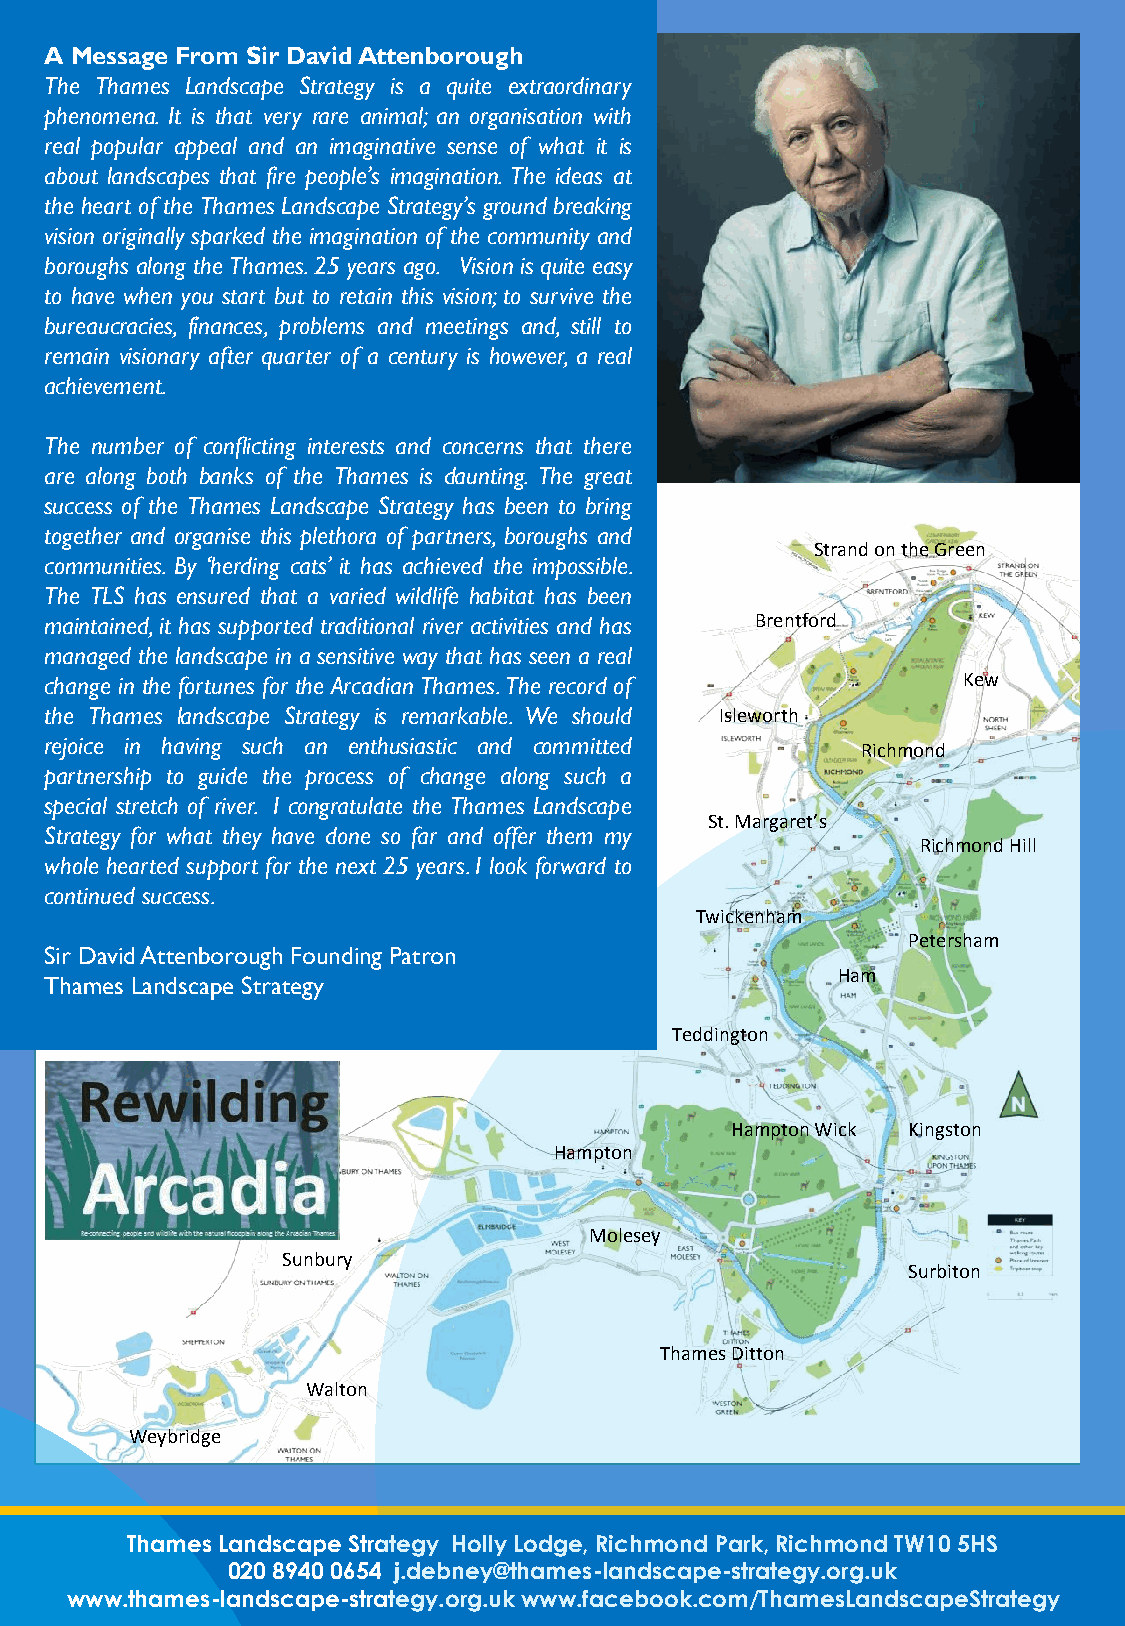
A Message From Sir DavidAttenborough
 The Thames Landscape Strategy is a quite extraordinary
 phenomena. It is that very rare animal; an organisation with
 real popular appeal and an imaginative sense of what it is
 about landscapes that fire people’s imagination. The ideas at
 the heart of the Thames Landscape Strategy’s ground breaking
 vision originally sparked the imagination of the community and
 boroughs along the Thames.25 years ago. Vision is quite easy
 to have when you start but to retain this vision;to survive the
 bureaucracies, finances, problems and meetings and, still to
 remain visionary after quarter of a century is however, a real
 achievement.
 The number of conflicting interests and concerns that there
 are along both banks of the Thames is daunting. The great
 success of the Thames Landscape Strategy has been to bring
 together and organise this plethora of partners,boroughs and
 Strand on the Green
 communities. By ‘herding cats’ it has achieved the impossible.
 The TLS has ensured that a varied wildlife habitat has been
 maintained,it has supported traditional river activities and has Brentford
 managed the landscape in a sensitive way that has seen a real
 change in the fortunes for the Arcadian Thames.The record of Kew
 the Thames landscape Strategy is remarkable. We should Isleworth
 and economic return for
 rejoice in having such an enthusiastic and committed
 Richmond
 partnership to guide the process of change along such a
 special stretch of river. I congratulate the Thames Landscape
 St. Margaret’s
 Strategy for what they have done so far and offer them my
 Richmond Hill
 whole hearted support for the next 25 years.I look forward to
 continued success.
 Twickenham
 Petersham
 Sir DavidAttenborough Founding Patron
 Ham
 Thames Landscape Strategy
 Landscape Strategy been
 Teddington
 Hampton Wick Kingston
 Hampton
 Molesey
 Sunbury
 Surbiton
 Thames Ditton
 Walton
 Weybridge
 Thames Landscape Strategy Holly Lodge, Richmond Park, Richmond TW10 5HS
 020 8940 0654 j.debney@thames-landscape-strategy.org.uk
 www.thames-landscape-strategy.org.uk www.facebook.com/ThamesLandscapeStrategy